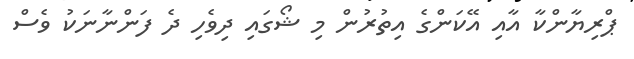
ޕްރިޔާންކާ އާއި އޭކަންގެ އިތުރުން މި ޝޯގައި ދިވެހި ދެ ފަންނާނަކު ވެސް